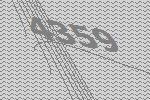
4359